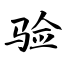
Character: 验